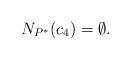
LaTeX: \begin{align*}N_{P^*}(c_4)=\emptyset.\end{align*}